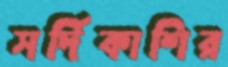
সর্দিকাশির